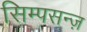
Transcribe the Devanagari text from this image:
सिम्पसन्ज़